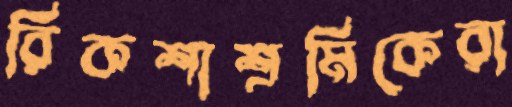
রিকশাশ্রমিকেরা